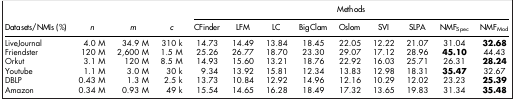
<table><thead><tr><td rowspan="2"><b>Datasets/NMIs (%)</b></td><td rowspan="2"><b><i>n</i></b></td><td rowspan="2"><b><i>m</i></b></td><td rowspan="2"><b><i>c</i></b></td><td colspan="9"><b>Methods</b></td></tr><tr><td><b>CFinder</b></td><td><b>LFM</b></td><td><b>LC</b></td><td><b>BigClam</b></td><td><b>Oslom</b></td><td><b>SVI</b></td><td><b>SLPA</b></td><td><b>NMF<sub>Spec</sub></b></td><td><b>NMF<sub>Mod</sub></b></td></tr></thead><tbody><tr><td>LiveJournal</td><td>4.0 M</td><td>34.9 M</td><td>310 k</td><td>14.73</td><td>14.49</td><td>13.84</td><td>18.45</td><td>22.05</td><td>12.22</td><td>21.07</td><td>31.04</td><td><b>32.68</b></td></tr><tr><td>Friendster</td><td>120 M</td><td>2,600 M</td><td>1.5 M</td><td>25.26</td><td>26.77</td><td>18.70</td><td>23.30</td><td>29.07</td><td>17.12</td><td>28.96</td><td><b>45.10</b></td><td>44.43</td></tr><tr><td>Orkut</td><td>3.1 M</td><td>120 M</td><td>8.5 M</td><td>14.93</td><td>15.60</td><td>13.21</td><td>18.76</td><td>22.92</td><td>16.03</td><td>25.71</td><td>26.31</td><td><b>28.24</b></td></tr><tr><td>Youtube</td><td>1.1 M</td><td>3.0 M</td><td>30 k</td><td>9.34</td><td>13.92</td><td>15.81</td><td>12.34</td><td>13.83</td><td>12.98</td><td>18.31</td><td><b>35.47</b></td><td>32.67</td></tr><tr><td>DBLP</td><td>0.43 M</td><td>1.3 M</td><td>2.5 k</td><td>13.73</td><td>10.84</td><td>12.92</td><td>14.96</td><td>12.16</td><td>10.29</td><td>12.02</td><td>23.23</td><td><b>25.39</b></td></tr><tr><td>Amazon</td><td>0.34 M</td><td>0.93 M</td><td>49 k</td><td>15.54</td><td>14.65</td><td>16.28</td><td>18.49</td><td>17.32</td><td>13.65</td><td>19.83</td><td>31.34</td><td><b>35.48</b></td></tr></tbody></table>